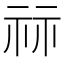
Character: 祘